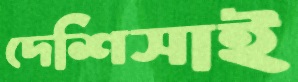
দেশিসাই